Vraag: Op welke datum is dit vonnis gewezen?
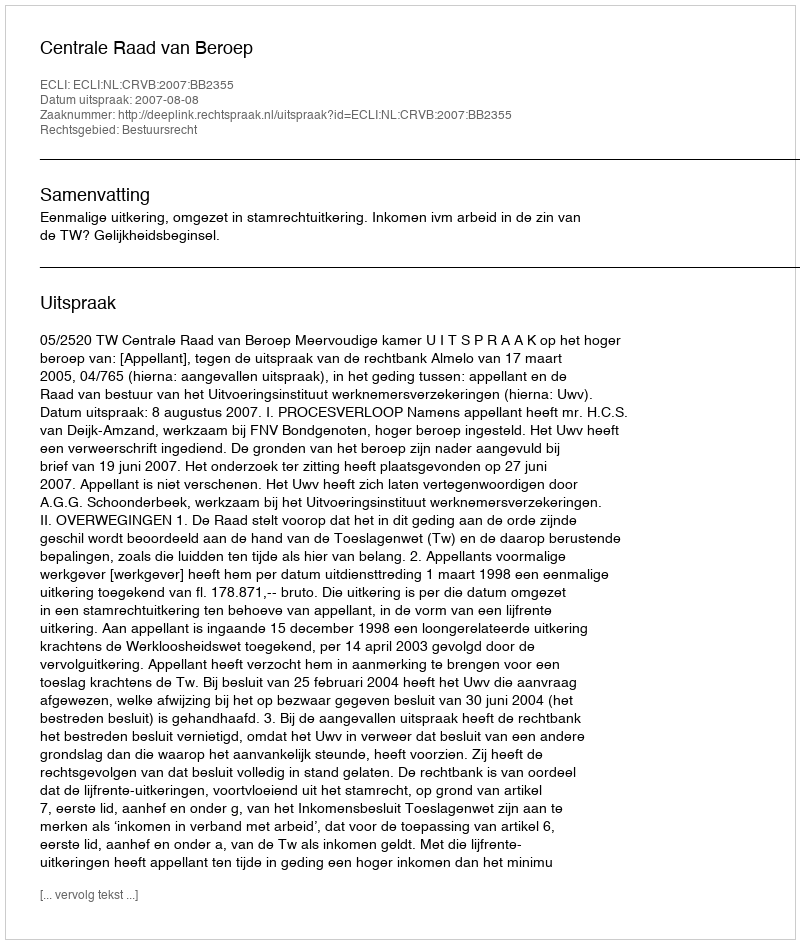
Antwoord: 2007-08-08